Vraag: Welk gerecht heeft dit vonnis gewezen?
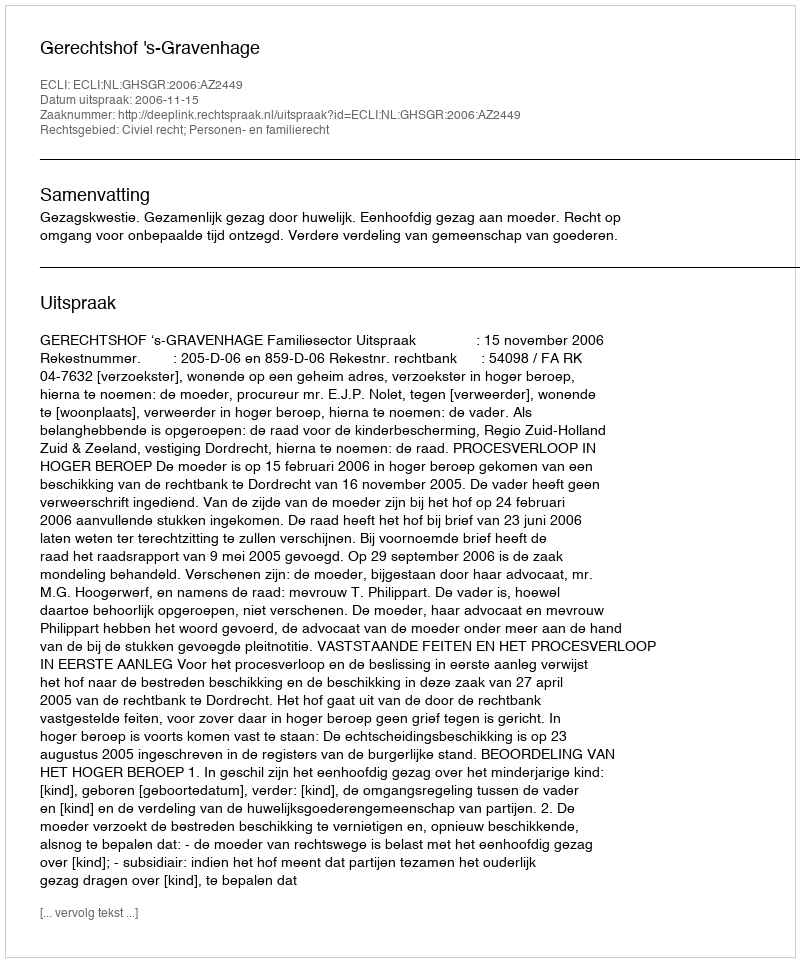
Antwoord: Gerechtshof 's-Gravenhage